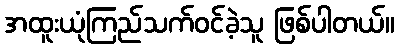
အထူးယုံကြည်သက်ဝင်ခဲ့သူ ဖြစ်ပါတယ်။